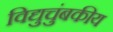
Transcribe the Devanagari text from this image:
विद्युचुंबकीय